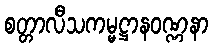
စတ္တာလီသကမ္မဋ္ဌာနဝဏ္ဏနာ